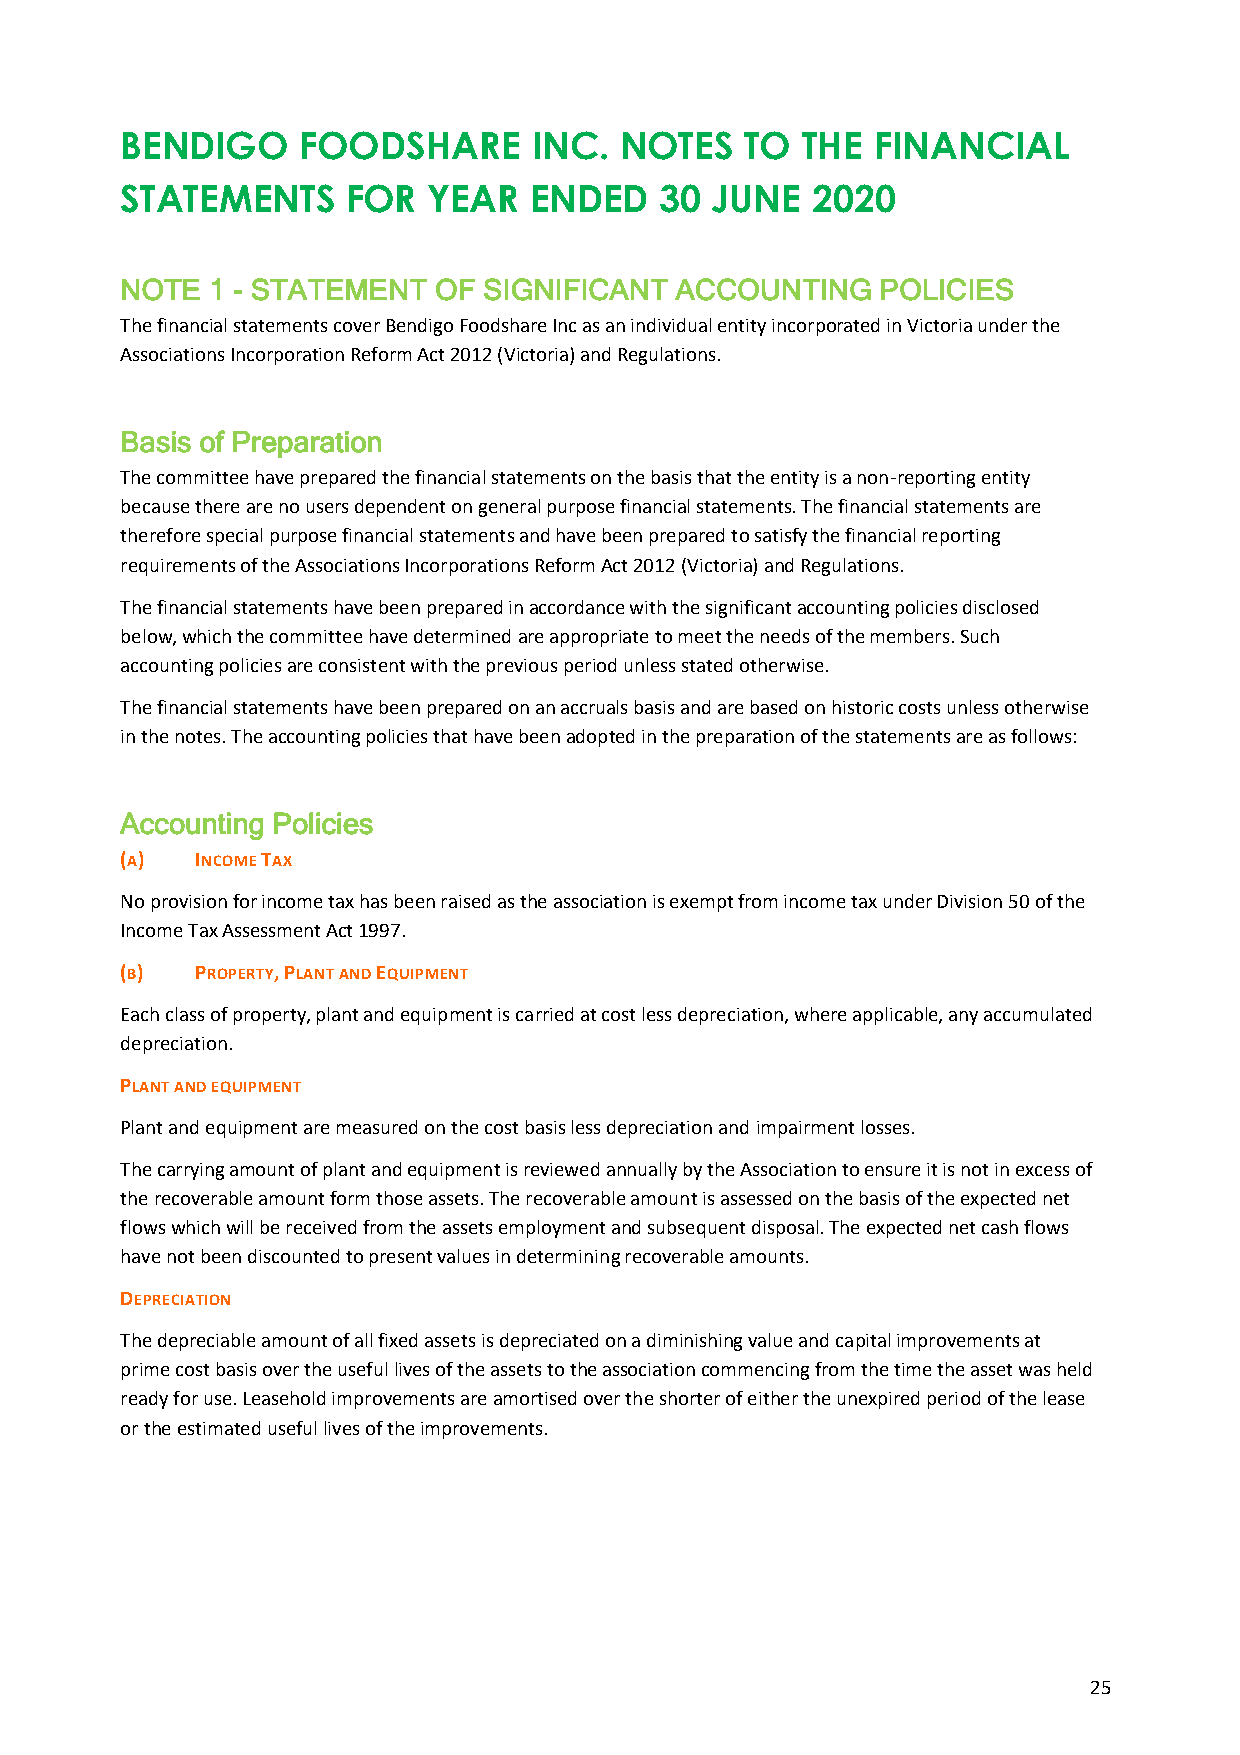
BENDIGO     FOODSHARE      INC.  NOTES   TO  THE  FINANCIAL
 STATEMENTS     FOR  YEAR   ENDED    30 JUNE   2020
 NOTE  1 - STATEMENT  OF SIGNIFICANT  ACCOUNTING   POLICIES
 The financial statements cover Bendigo Foodshare Inc as an individual entity incorporated in Victoria under the
 Associations Incorporation Reform Act 2012 (Victoria) and Regulations.
 Basis of Preparation
 The committee have prepared the financial statements on the basis that the entity is a non-reporting entity
 because there are no users dependent on general purpose financial statements. The financial statements are
 therefore special purpose financial statements and have been prepared to satisfy the financial reporting
 requirements of the Associations Incorporations Reform Act 2012 (Victoria) and Regulations.
 The financial statements have been prepared in accordance with the significant accounting policies disclosed
 below, which the committee have determined are appropriate to meet the needs of the members. Such
 accounting policies are consistent with the previous period unless stated otherwise.
 The financial statements have been prepared on an accruals basis and are based on historic costs unless otherwise
 in the notes. The accounting policies that have been adopted in the preparation of the statements are as follows:
 Accounting Policies
 (A)  INCOME TAX
 No provision for income tax has been raised as the association is exempt from income tax under Division 50 of the
 Income Tax Assessment Act 1997.
 (B)  PROPERTY, PLANT AND EQUIPMENT
 Each class of property, plant and equipment is carried at cost less depreciation, where applicable, any accumulated
 depreciation.
 PLANT AND EQUIPMENT
 Plant and equipment are measured on the cost basis less depreciation and impairment losses.
 The carrying amount of plant and equipment is reviewed annually by the Association to ensure it is not in excess of
 the recoverable amount form those assets. The recoverable amount is assessed on the basis of the expected net
 flows which will be received from the assets employment and subsequent disposal. The expected net cash flows
 have not been discounted to present values in determining recoverable amounts.
 DEPRECIATION
 The depreciable amount of all fixed assets is depreciated on a diminishing value and capital improvements at
 prime cost basis over the useful lives of the assets to the association commencing from the time the asset was held
 ready for use. Leasehold improvements are amortised over the shorter of either the unexpired period of the lease
 or the estimated useful lives of the improvements.
 25